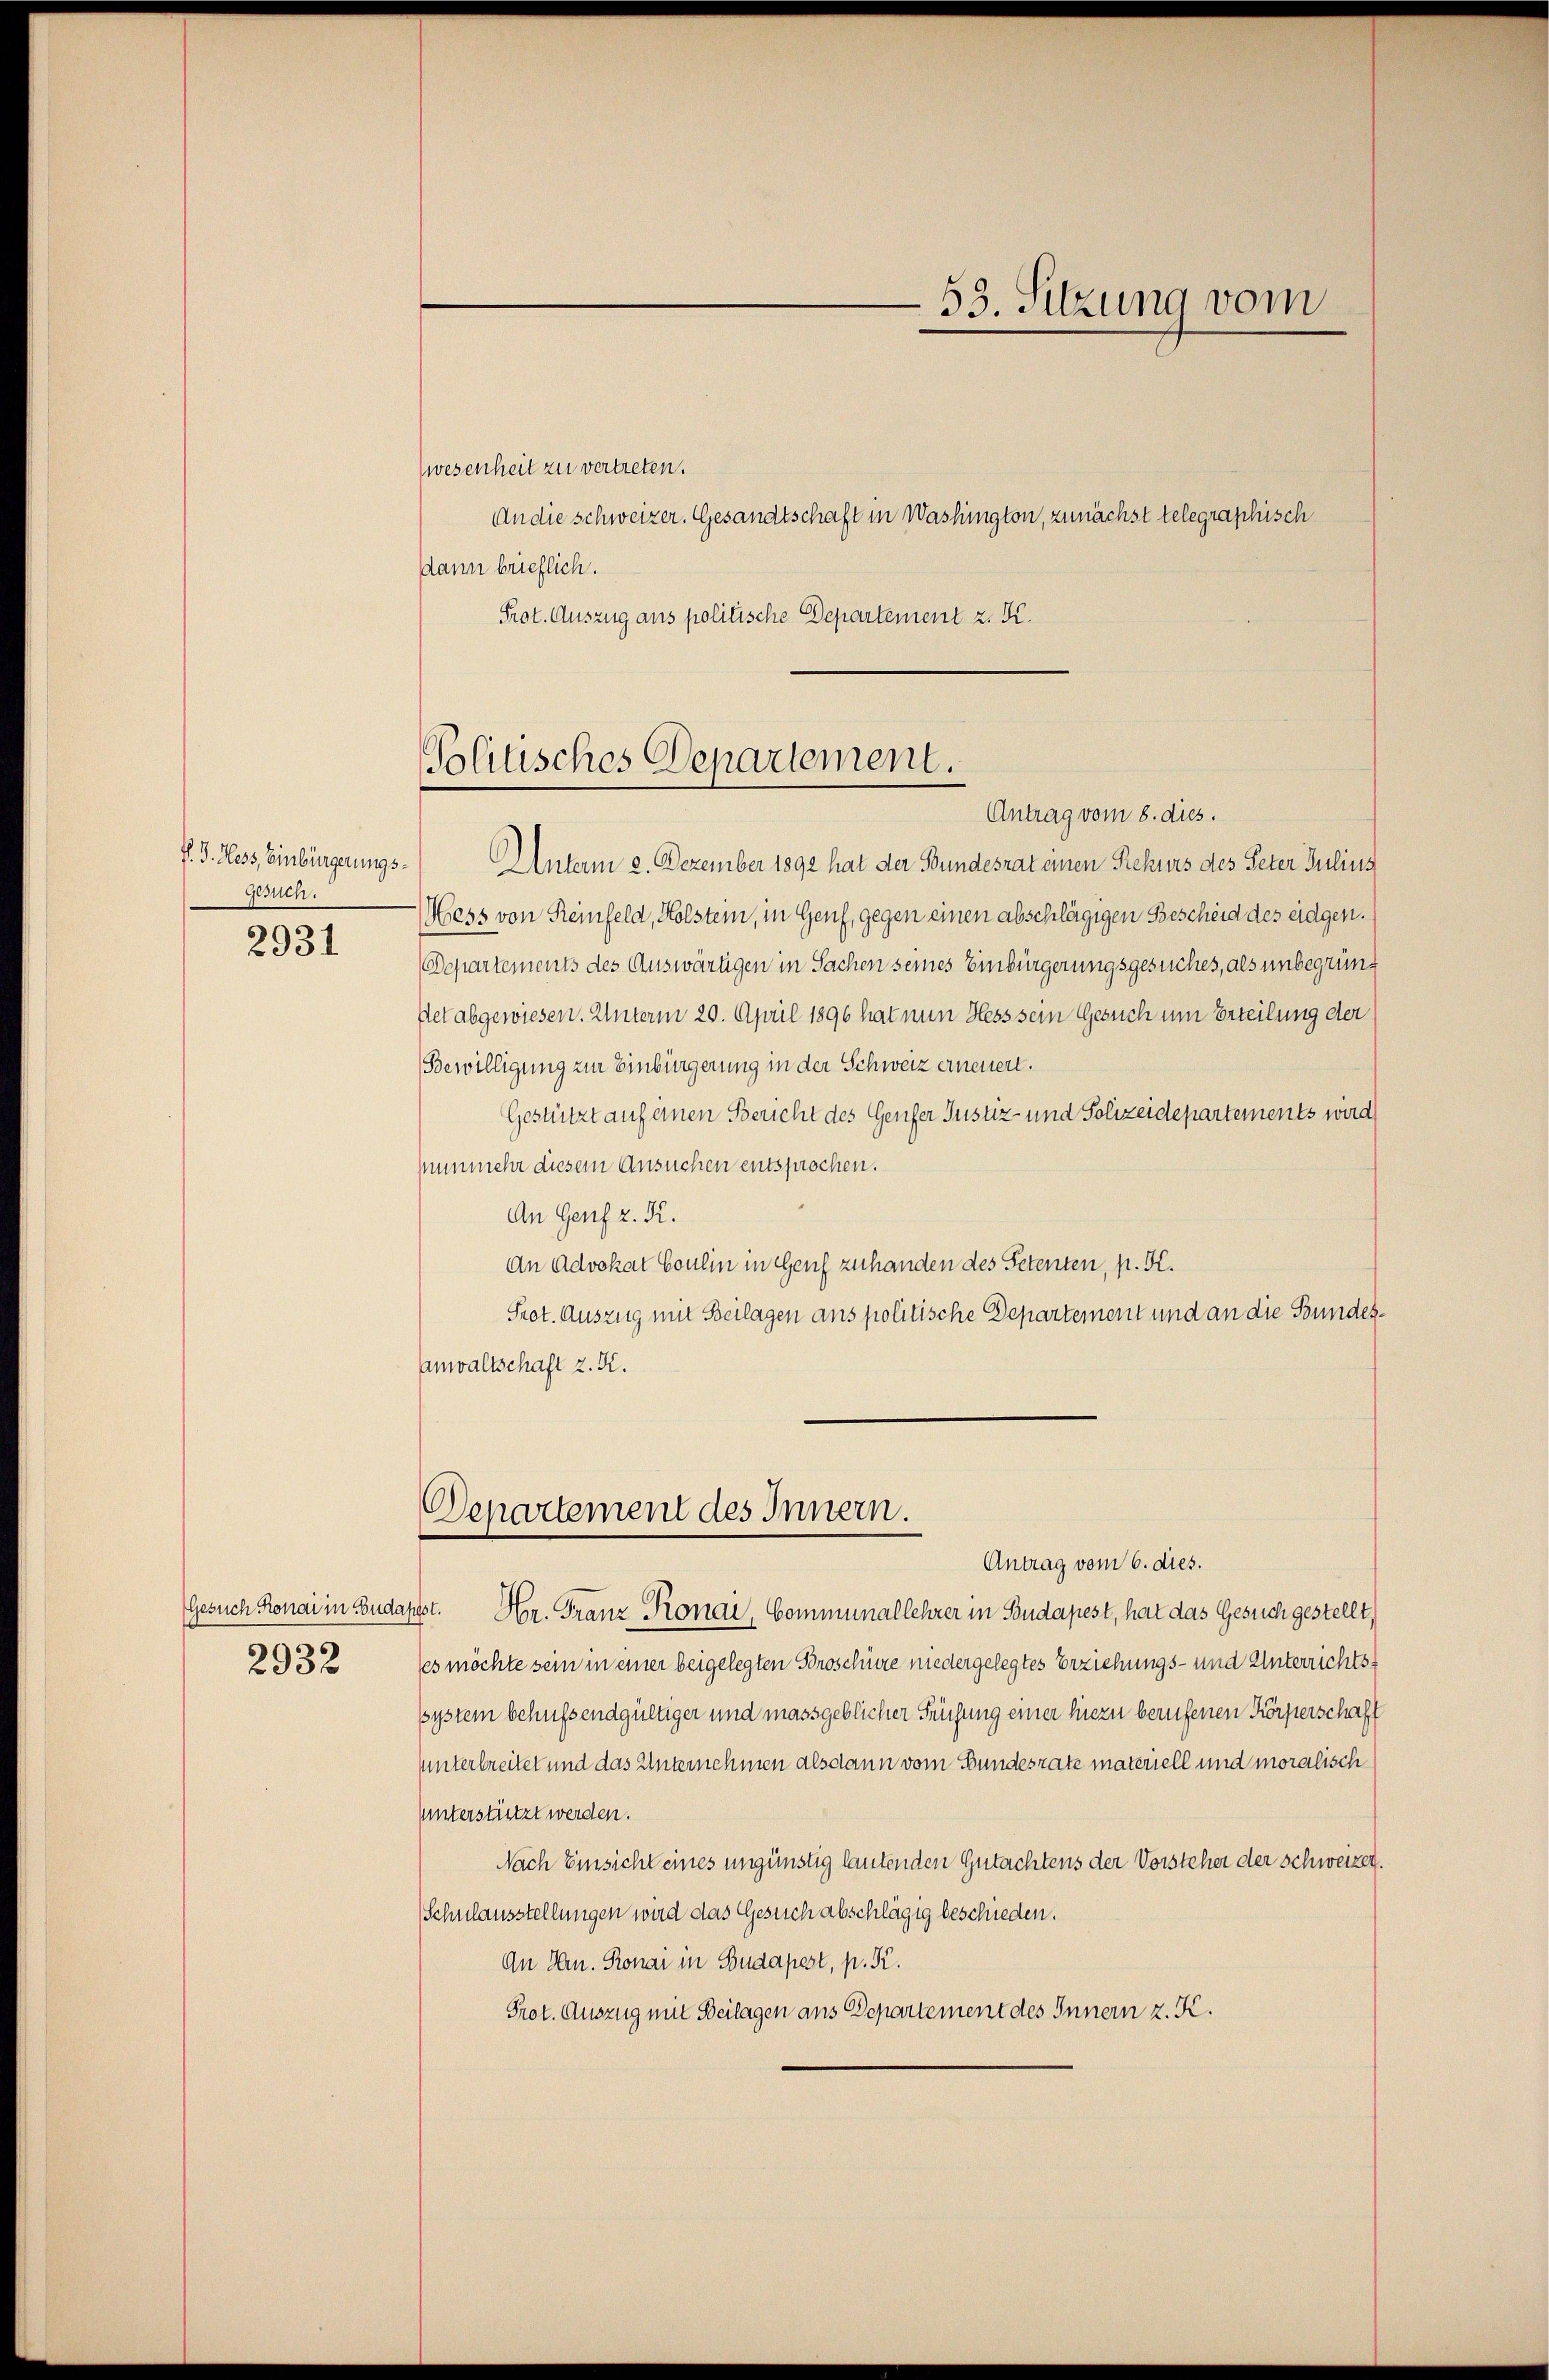
P. J. Hess, Einbürgerungs¬
Gesuch.

2931

2932

Zwesenheit zu vertreten.
An die schweizer. Gesandtschaft in Washington, zunächst telegraphisch
dann brieflich.
Prot. Auszug aus politische Departement z. K.

Unterm 2. Dezember 1892 hat der Bundesrat einen Rekurs des Peter Julius
Hess von Reinfeld, Holstein, in Genf, gegen einen abschlägigen Bescheid des eidgen.
Departements des Auswärtigen in Sachen seines Einbürgerungsgesuches, als unbegründ
stet abgewiesen. Unterm 20. April 1896 hat nun Hess sein Gesuch um Erteilung der
Bewilligung zur Einbürgerung in der Schweiz erneuen.
Gestützt auf einen Bericht des Genfer Justiz- und Polizeidepartements wird
nunmehr diesem Ansuchen entsprochen.
An Genf z. R.
An Advokat Coulin in Genf zuhanden des Petenten, p. K.
Prot. Auszug mit Beilagen ans politische Departement und an die Bundes¬
Anwaltschaft z. K.

Politisches Departement.
Antrag vom 8. dies.

Departement des Innern.

53. Sitzung vom

Antrag vom 6. dies.
Gesuch Romai in Budapest. Hr. Franz Ronai, Communallehrer in Budapest, hat das Gesuch gestellt,
ses möchte sein in einer beigelegten Broschüre niedergelegtes Erziehungs- und Unterrichtssystem behufs endgültiger und massgeblicher Prüfung einer hiezu berufenen Körperschaft
unterbreitet und das Unternehmen alsdann vom Bundesrate materiell und moralisch
Unterstützt werden.
Nach Einsicht eines ungünstig lautenden Gutachtens der Vorsteher der Schweizer.
Schulausstellungen wird das Gesuch abschlägig beschieden.
An Hrn. Romai in Budapest, p. K.
Prot. Auszug mit Beilagen aus Departement des Innern z. K.